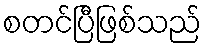
စတင်ပြီဖြစ်သည်